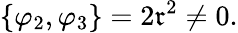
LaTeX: \{ \varphi_{2},\varphi_{3}\} =2\mathfrak{r}^{2}\neq0.